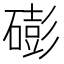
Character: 𥕱